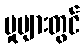
မှုများတွင်